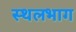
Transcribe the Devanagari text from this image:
स्थलभाग